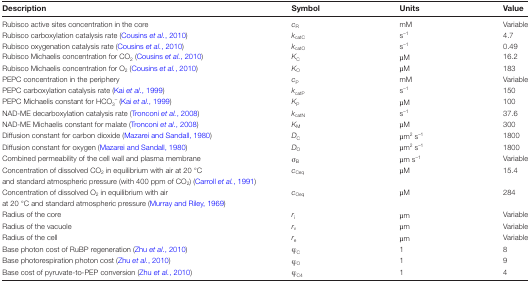
<table><thead><tr><td><b>Description</b></td><td><b>Symbol</b></td><td><b>Units</b></td><td><b>Value</b></td></tr></thead><tbody><tr><td>Rubisco active sites concentration in the core</td><td><i>c</i><sub>R</sub></td><td>mM</td><td>Variable</td></tr><tr><td>Rubisco carboxylation catalysis rate (Cousins <i>et al.</i>, 2010)</td><td><i>k</i><sub>catC</sub></td><td>s<sup>–1</sup></td><td>4.7</td></tr><tr><td>Rubisco oxygenation catalysis rate (Cousins <i>et al.</i>, 2010)</td><td><i>k</i><sub>catO</sub></td><td>s<sup>–1</sup></td><td>0.49</td></tr><tr><td>Rubisco Michaelis concentration for CO<sub>2</sub> (Cousins <i>et al.</i>, 2010)</td><td><i>K</i><sub>C</sub></td><td>μM</td><td>16.2</td></tr><tr><td>Rubisco Michaelis concentration for O<sub>2</sub> (Cousins <i>et al.</i>, 2010)</td><td><i>K</i><sub>O</sub></td><td>μM</td><td>183</td></tr><tr><td>PEPC concentration in the periphery</td><td><i>c</i><sub>P</sub></td><td>mM</td><td>Variable</td></tr><tr><td>PEPC carboxylation catalysis rate (Kai <i>et al.</i>, 1999)</td><td><i>k</i><sub>catP</sub></td><td>s<sup>–1</sup></td><td>150</td></tr><tr><td>PEPC Michaelis constant for HCO<sub>3</sub><sup>–</sup> (Kai <i>et al.</i>, 1999)</td><td><i>K</i><sub>P</sub></td><td>μM</td><td>100</td></tr><tr><td>NAD-ME decarboxylation catalysis rate (Tronconi <i>et al.</i>, 2008)</td><td><i>k</i><sub>catN</sub></td><td>s<sup>–1</sup></td><td>37.6</td></tr><tr><td>NAD-ME Michaelis constant for malate (Tronconi <i>et al.</i>, 2008)</td><td><i>K</i><sub>M</sub></td><td>μM</td><td>300</td></tr><tr><td>Diffusion constant for carbon dioxide (Mazarei and Sandall, 1980)</td><td><i>D</i><sub>C</sub></td><td>μm<sup>2</sup> s<sup>–1</sup></td><td>1800</td></tr><tr><td>Diffusion constant for oxygen (Mazarei and Sandall, 1980)</td><td><i>D</i><sub>O</sub></td><td>μm<sup>2</sup> s<sup>–1</sup></td><td>1800</td></tr><tr><td>Combined permeability of the cell wall and plasma membrane</td><td>σ<sub>B</sub></td><td>μm s<sup>–1</sup></td><td>Variable</td></tr><tr><td>Concentration of dissolved CO<sub>2</sub> in equilibrium with air at 20 °C</td><td><i>c</i><sub>Ceq</sub></td><td>μM</td><td>15.4</td></tr><tr><td colspan="4">and standard atmospheric pressure (with 400 ppm of CO<sub>2</sub>) (Carroll <i>et al.</i>, 1991)</td></tr><tr><td>Concentration of dissolved O<sub>2</sub> in equilibrium with air</td><td><i>c</i><sub>Oeq</sub></td><td>μM</td><td>284</td></tr><tr><td colspan="4">at 20 °C and standard atmospheric pressure (Murray and Riley, 1969)</td></tr><tr><td>Radius of the core</td><td><i>r</i><sub>i</sub></td><td>μm</td><td>Variable</td></tr><tr><td>Radius of the vacuole</td><td><i>r</i><sub>v</sub></td><td>μm</td><td>Variable</td></tr><tr><td>Radius of the cell</td><td><i>r</i><sub>e</sub></td><td>μm</td><td>Variable</td></tr><tr><td>Base photon cost of RuBP regeneration (Zhu <i>et al.</i>, 2010)</td><td>φ<sub>C</sub></td><td>1</td><td>8</td></tr><tr><td>Base photorespiration photon cost (Zhu <i>et al.</i>, 2010)</td><td>φ<sub>O</sub></td><td>1</td><td>9</td></tr><tr><td>Base cost of pyruvate-to-PEP conversion (Zhu <i>et al.</i>, 2010)</td><td>φ<sub>C4</sub></td><td>1</td><td>4</td></tr></tbody></table>